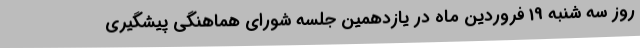
روز سه شنبه 19 فروردین ماه در یازدهمین جلسه شورای هماهنگی پیشگیری